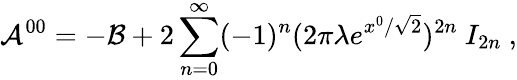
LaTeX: {\cal A}^{00}=-{\cal B}+2\sum_{n=0}^{\infty}(-1)^{n}(2\pi\lambda e^{x^{0}/\sqrt{2}})^{2n}~I_{2n}~,